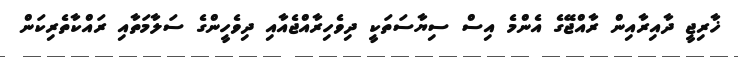
ޚާރިޖީ ދާއިރާއިން ރާއްޖޭގެ އެންމެ އިސް ސިޔާސަތަކީ ދިވެހިރާއްޖެއާއި ދިވެހީންގެ ސަލާމަތާއި ރައްކާތެރިކަން